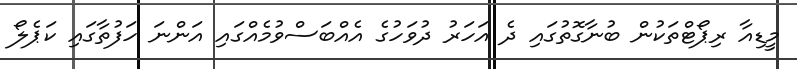
މީޑިއާ ރިޕޯޓްތަކުން ބުނާގޮތުގައި ދެ އަހަރު ދުވަހުގެ އެއްބަސްވުމެއްގައި އަންނަ ހަފުތާގައި ކަޕެލޯ